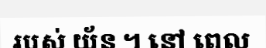
របស់ យ័ន ។ នៅ ពេល